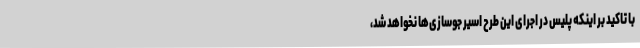
با تاکید بر اینکه پلیس در اجرای این طرح اسیر جوسازی‌ها نخواهد شد،